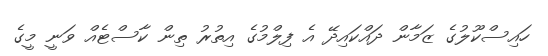
ހައިސްކޫލުގެ ޒަމާން ދައްކައިދޭ އެ ފިލްމުގެ އިތުރު ތިން ކާސްޓެއް ވަނީ މީގެ